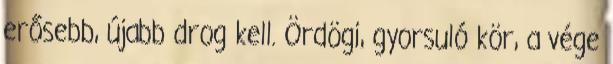
erősebb, újabb drog kell. Ördögi, gyorsuló kör, a vége